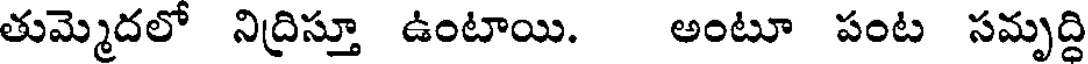
తుమ్మెదలో నిద్రిస్తూ ఉంటాయి. అంటూ పంట సమృద్ది